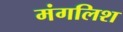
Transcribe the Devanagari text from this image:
मंगलिश